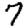
Digit: 7